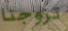
تزوجنا